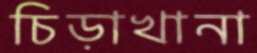
চিড়াখানা